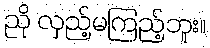
ညို လှည့်မကြည့်ဘူး။